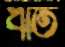
ঋত